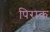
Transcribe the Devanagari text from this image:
पिराक